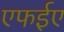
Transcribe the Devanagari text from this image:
एफईए